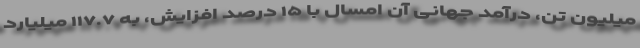
میلیون تن، درآمد جهانی آن امسال با ۱۵ درصد افزایش، به ۱۱۷.۷ میلیارد